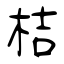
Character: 桔